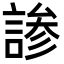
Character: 𬢳